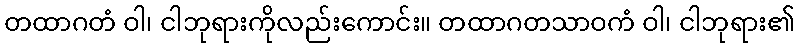
တထာဂတံ ဝါ၊ ငါဘုရားကိုလည်းကောင်း။ တထာဂတသာဝကံ ဝါ၊ ငါဘုရား၏